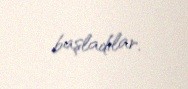
başladılar.